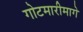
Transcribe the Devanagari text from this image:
गोटमारीमागे